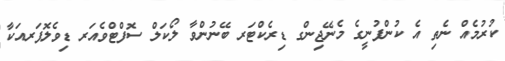
ކުރުމެއް ނެތި އެ ކުންފުނީގެ މެނޭޖިންގ ޑިރެކްޓަރ ބޭނުންވާ ލޯކަލް ސޮފްޓްވެއަރ ޑިވެލޮޕަރއަކާ